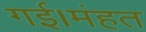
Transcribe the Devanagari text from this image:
गई।मंहत